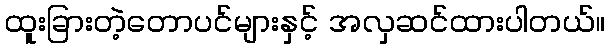
ထူးခြားတဲ့တောပင်များနှင့် အလှဆင်ထားပါတယ်။